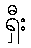
ရှီး